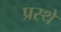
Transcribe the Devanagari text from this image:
प्रस्थे